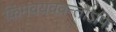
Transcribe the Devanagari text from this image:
किमवयववन्तोऽपि